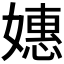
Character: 𫱮